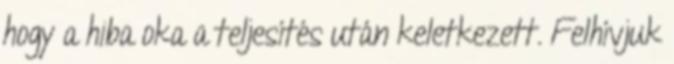
hogy a hiba oka a teljesítés után keletkezett. Felhívjuk